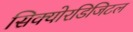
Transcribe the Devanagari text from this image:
सिक्योरडिजिटल